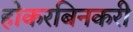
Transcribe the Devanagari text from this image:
होकरबिनकरी